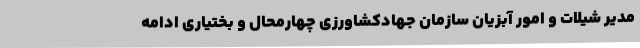
مدیر شیلات و امور آبزیان سازمان جهادکشاورزی چهارمحال و بختیاری ادامه